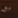
مع